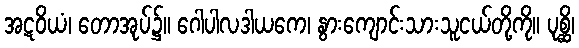
အဋဝိယံ၊ တောအုပ်၌။ ဂေါပါလဒါယကေ၊ နွားကျောင်းသားသူငယ်တို့ကို။ ပုစ္ဆိ၊